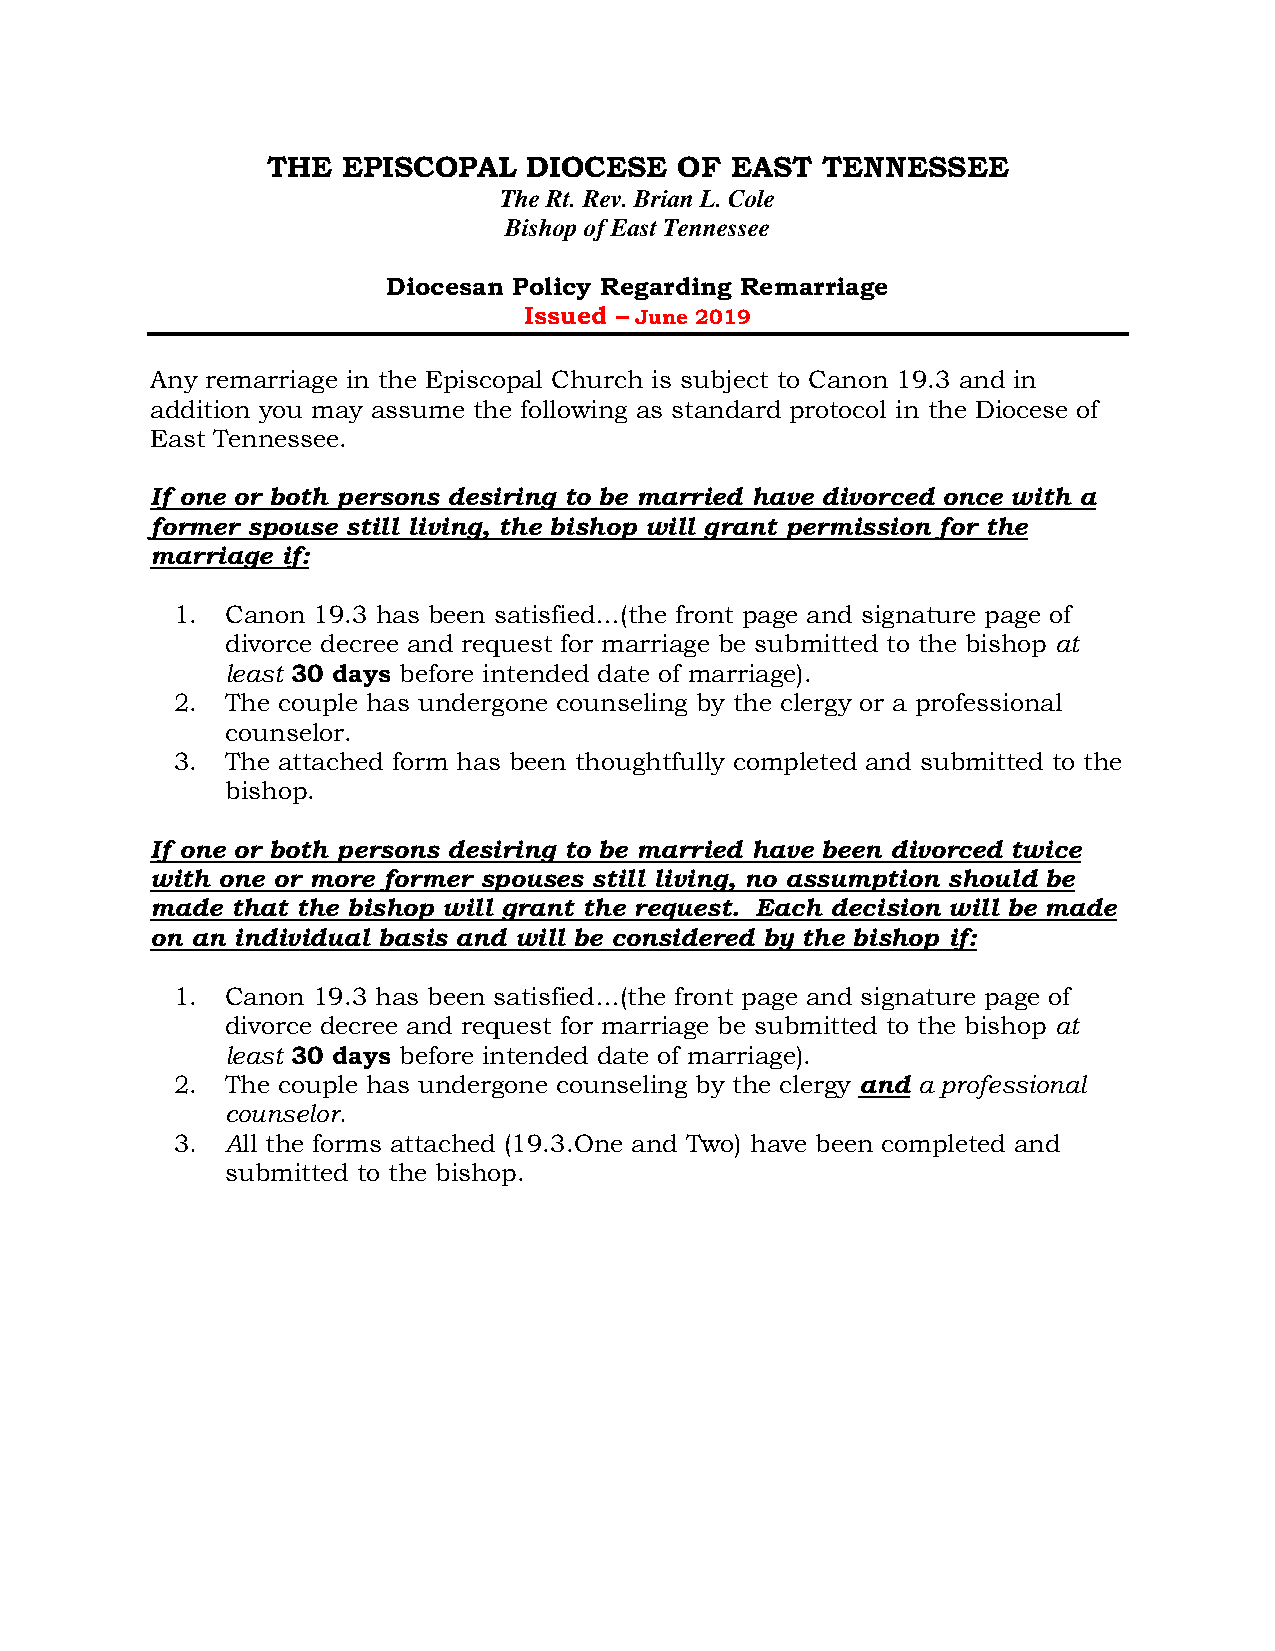
THE  EPISCOPAL   DIOCESE   OF EAST  TENNESSEE
 The Rt. Rev. Brian L. Cole
 Bishop of East Tennessee
 Diocesan Policy Regarding Remarriage
 Issued – June 2019
 Any remarriage in the Episcopal Church is subject to Canon 19.3 and in
 addition you may assume the following as standard protocol in the Diocese of
 East Tennessee.
 If one or both persons desiring to be married have divorced once with a
 former spouse still living, the bishop will grant permission for the
 marriage if:
 1.  Canon 19.3 has been satisfied…(the front page and signature page of
 divorce decree and request for marriage be submitted to the bishop at
 least 30 days before intended date of marriage).
 2.  The couple has undergone counseling by the clergy or a professional
 counselor.
 3.  The attached form has been thoughtfully completed and submitted to the
 bishop.
 If one or both persons desiring to be married have been divorced twice
 with one or more former spouses still living, no assumption should be
 made that the bishop will grant the request. Each decision will be made
 on an individual basis and will be considered by the bishop if:
 1.  Canon 19.3 has been satisfied…(the front page and signature page of
 divorce decree and request for marriage be submitted to the bishop at
 least 30 days before intended date of marriage).
 2.  The couple has undergone counseling by the clergy and a professional
 counselor.
 3.  All the forms attached (19.3.One and Two) have been completed and
 submitted to the bishop.